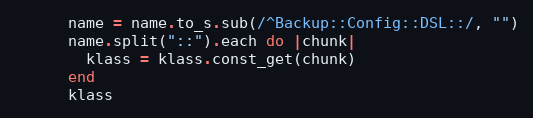
Language: Ruby
      name = name.to_s.sub(/^Backup::Config::DSL::/, "")
      name.split("::").each do |chunk|
        klass = klass.const_get(chunk)
      end
      klass